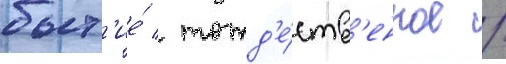
быт'ие́ / тожд'е́ств'енное /